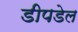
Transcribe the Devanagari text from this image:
डीपडेल